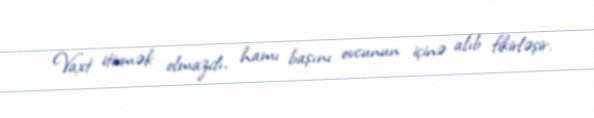
Vaxt itirmək olmazdı, hamı başını ovcunun içinə alıb fikirləşir.